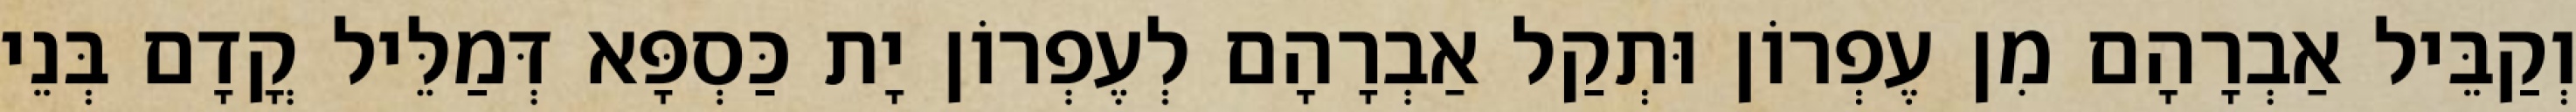
וְקַבֵּיל אַבְרָהָם מִן עֶפְרוֹן וּתְקַל אַבְרָהָם לְעֶפְרוֹן יָת כַּסְפָּא דְּמַלֵּיל קֳדָם בְּנֵי